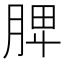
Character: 𦜉